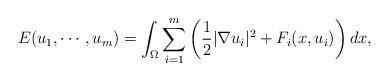
LaTeX: \begin{align*} E(u_1, \cdots, u_m)=\int_{\Omega} \sum_{i=1}^{m} \left( \frac{1}{2}| \nabla u_{i}|^{2}+F_i(x,u_i) \right) dx,\end{align*}